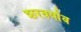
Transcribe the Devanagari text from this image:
शरवर्षाव